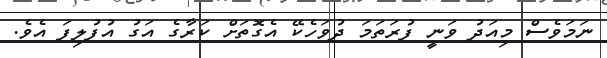
ނަމަވެސް މިއަދު ވަނީ ފުރަތަމަ ދުވަހެކޭ އެގޮތަށް ކަރާގެ އަގު އުުފުލިފަ އެވެ.